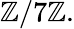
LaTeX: \mathbb{Z}/7\mathbb{Z}.